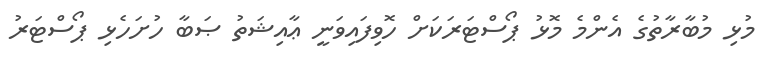
މުޅި މުބާރާތުގެ އެންމެ މޮޅު ޕޯސްޓަރަކަށް ހޮވިފައިވަނީ ޢާއިޝަތު ޞަބާ ހުށަހެޅި ޕޯސްޓަރު